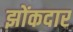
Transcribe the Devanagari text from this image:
झोंकदार